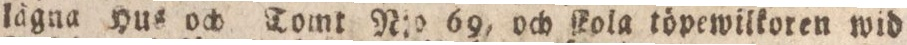
lägna Hus och Tomt N:o 69, och ſkola töpewilkoren wid